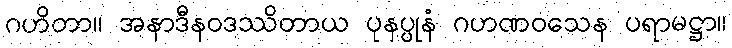
ဂဟိတာ။ အနာဒီနဝဒဿိတာယ ပုနပ္ပုနံ ဂဟဏဝသေန ပရာမဋ္ဌာ။